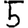
Digit: 5